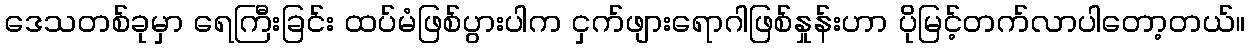
ဒေသတစ်ခုမှာ ရေကြီးခြင်း ထပ်မံဖြစ်ပွားပါက ငှက်ဖျားရောဂါဖြစ်နှုန်းဟာ ပိုမြင့်တက်လာပါတော့တယ်။